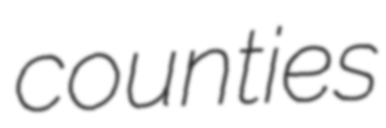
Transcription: counties